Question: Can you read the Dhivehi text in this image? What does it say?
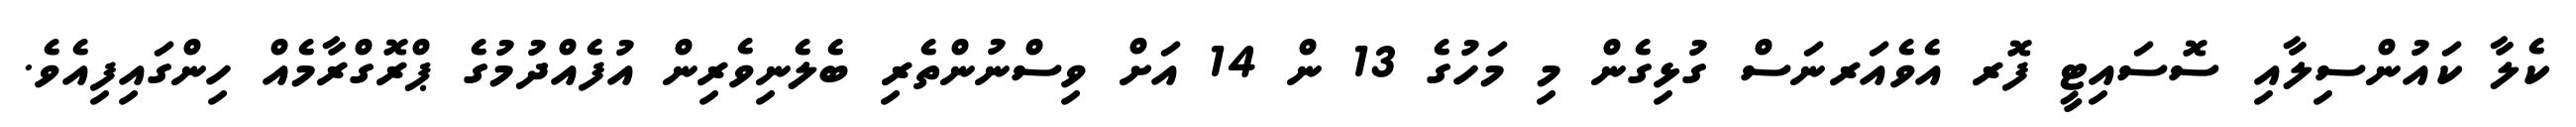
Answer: ކެލާ ކައުންސިލާއި ސޮސައިޓީ ފޮރ އެވެއަރނަސް ގުޅިގެން މި މަހުގެ 13 ން 14 އަށް ވިސްނުންތެރި ބެލެނިވެރިން އުފެއްދުމުގެ ޕްރޮގްރާމެއް ހިންގައިފިއެވެ.